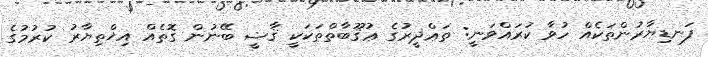
ފަނޑިޔާރުންތަކެއް ހުވާ ކުރައްވަނީ: ތަޢްޛީރުގެ ޢުޤޫބާތްތަކަކީ ޤާޟީ ބޭނުން ގޮތެއް އިޚްތިޔާރު ކުރުމުގެ